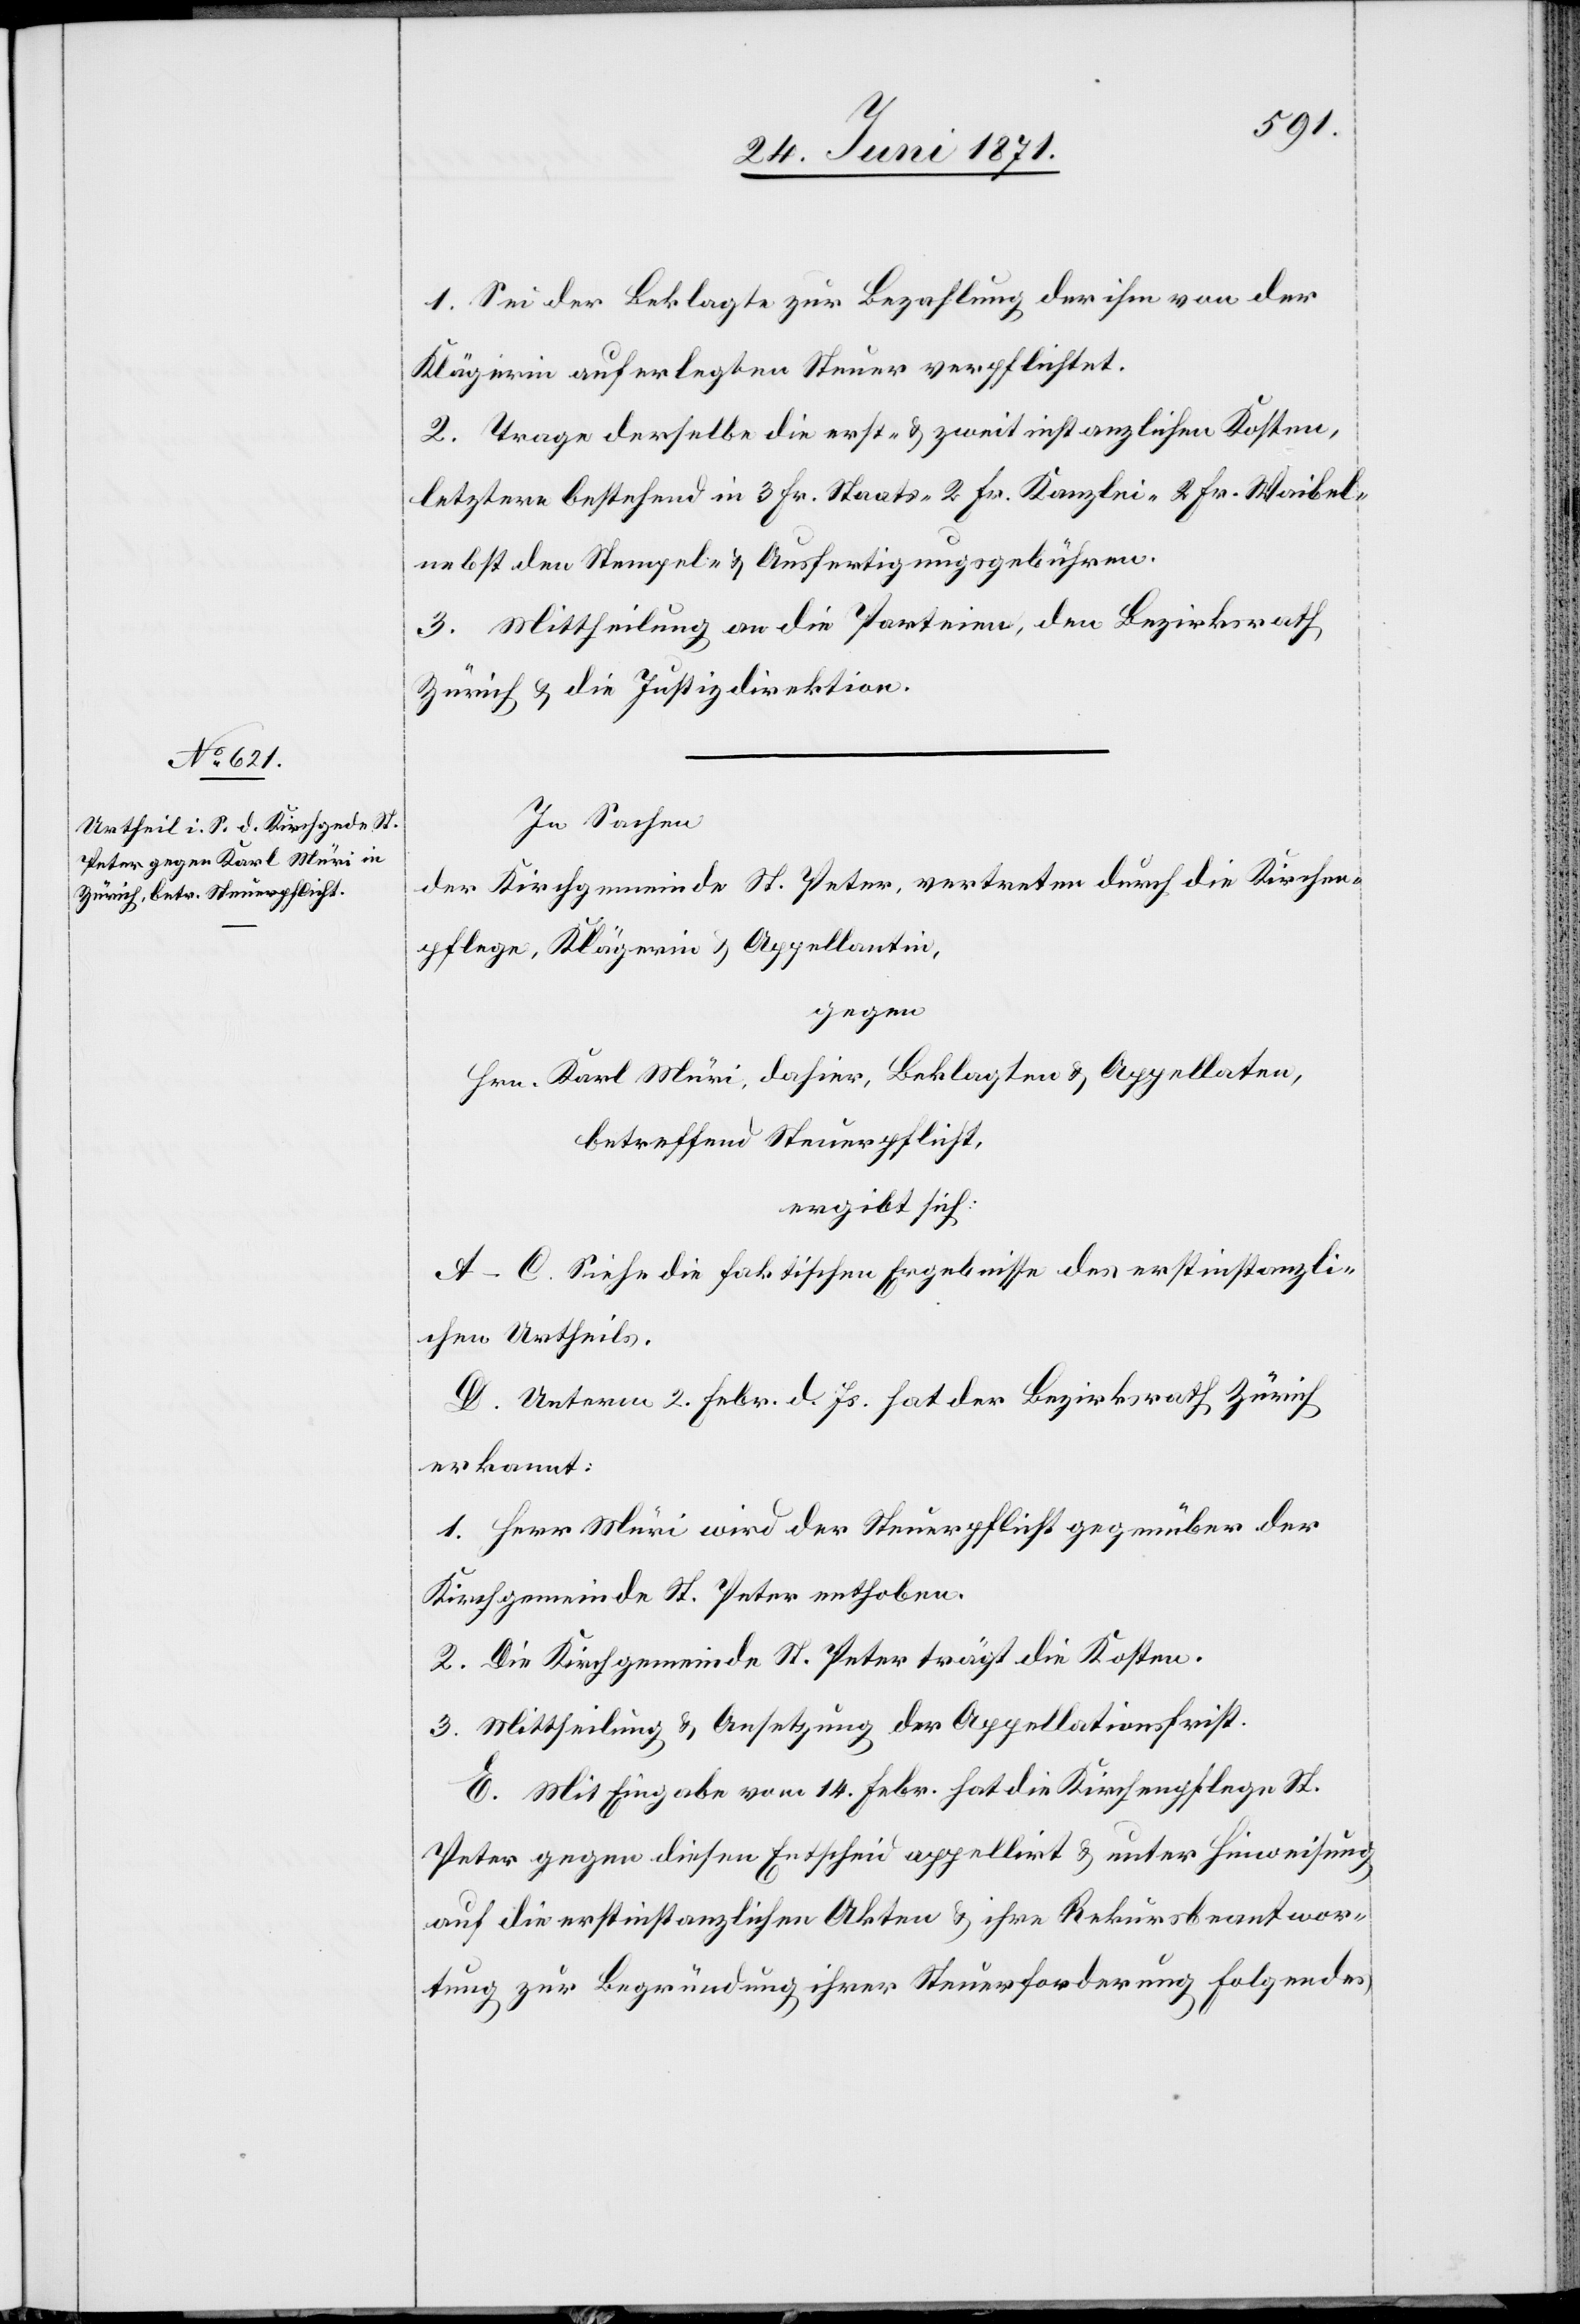
1. Sei der Beklagte zur Bezahlung der ihm von der
Klägerin auferlegte Steuer verpflichtet.
2. Trage derselbe die erst- u. zweitinstanzlichen Kosten,
letztere bestehend in 3 Fr. Staats-[,] 2 Fr. Kanzlei-[,] 2 Fr. Waibel-
nebst den Stempel- u. Ausfertigungsgebühren.
3. Mittheilung an die Parteien, den Bezirksrath
Zürich u. die Justizdirektion.
In Sachen
der Kirchgemeinde St. Peter, vertreten durch die Kirchen¬
pflege, Klägerin u. Appellantin,
gegen
Hrn. Karl Müri, dahier, Beklagter u. Appellaten,
betreffend Steuerpflicht,
ergibt sich:
A–C. Siehe die faktischen Ergebnisse des erstinstanzli¬
chen Urtheils.
D. Unterm 2. Febr. d. Js. hat der Bezirksrath Zürich
erkannt:
1. Herr Müri wird der Steuerpflicht gegenüber der
Kirchgemeinde St. Peter enthoben.
2. Die Kirchgemeinde St. Peter trägt die Kosten.
3. Mittheilung u. Ansetzung der Appellationsfrist.
E. Mit Eingabe vom 14. Febr. hat die Kirchenpflege St.
Peter gegen diesen Entscheid appellirt u. unter Hinweisung
auf die erstinstanzlichen Akten u. ihre Rekursbeantwor¬
tung zur Begründung ihrer Steuerforderung folgendes